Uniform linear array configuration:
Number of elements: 8
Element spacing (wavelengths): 0.75
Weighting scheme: exponential
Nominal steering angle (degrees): -60
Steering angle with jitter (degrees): -60.145
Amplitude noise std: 0.05
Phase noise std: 0.05

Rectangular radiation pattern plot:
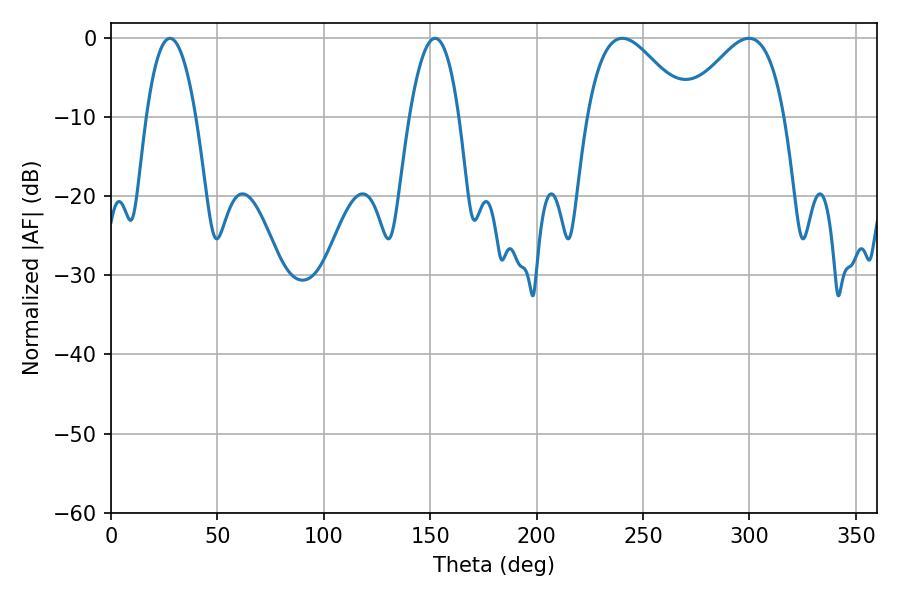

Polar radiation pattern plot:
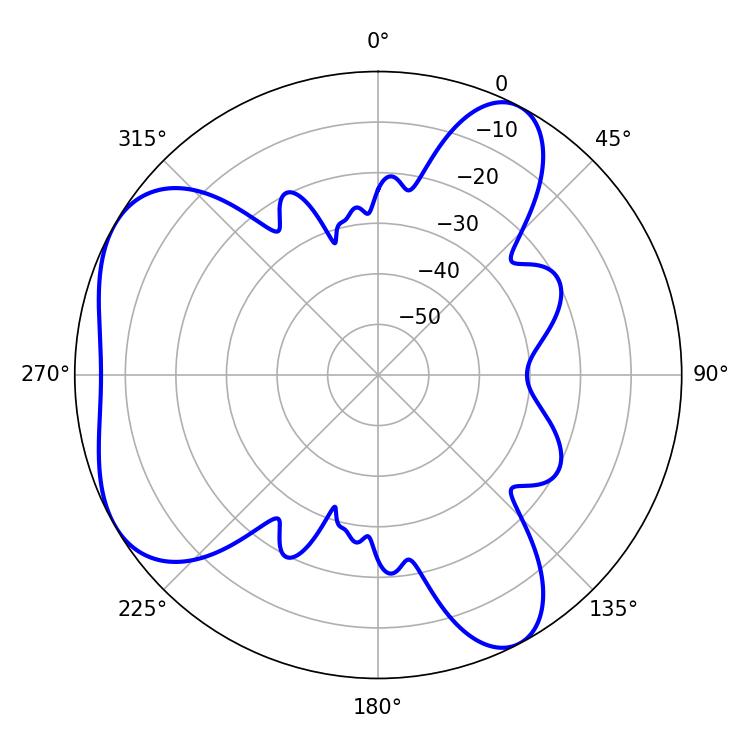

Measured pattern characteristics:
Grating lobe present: TRUE
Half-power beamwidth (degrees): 25.38
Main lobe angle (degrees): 240.3